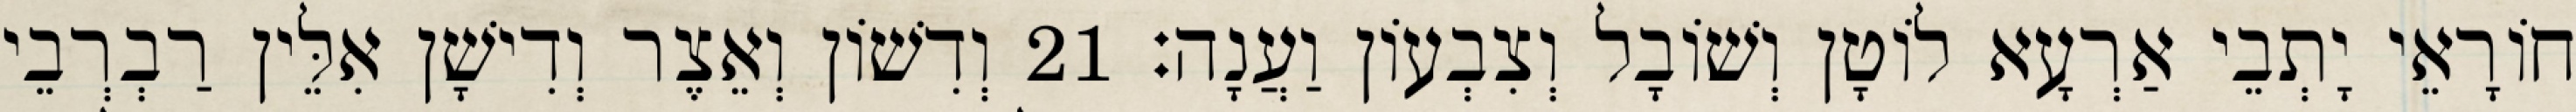
חוֹרָאֵי יָתְבֵי אַרְעָא לוֹטָן וְשׁוֹבָל וְצִבְעוֹן וַעֲנָה׃ 21 וְדִשׁוֹן וְאֵצֶר וְדִישָׁן אִלֵּין רַבְרְבֵי